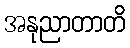
အနုညာတာတိ